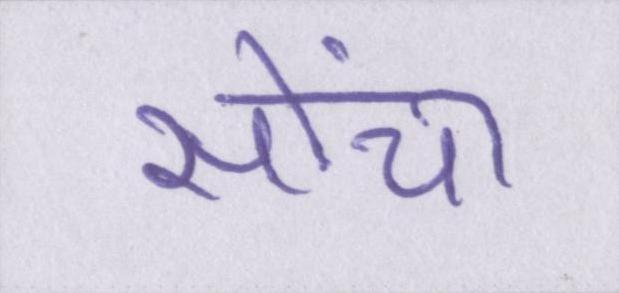
सोंचा